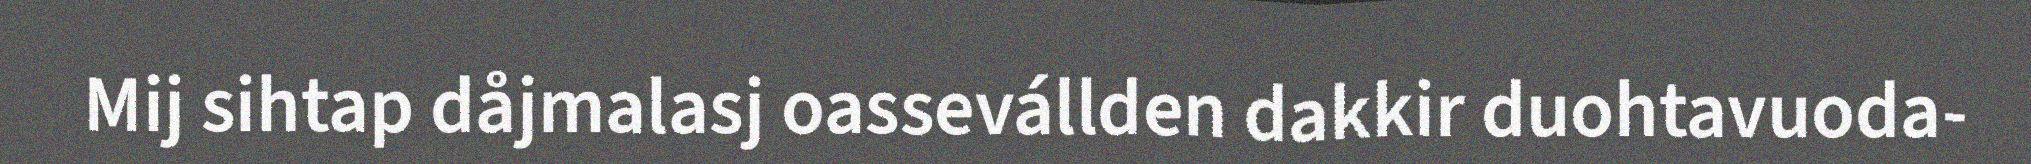
Mij sihtap dåjmalasj oassevállden dakkir duohtavuoda-